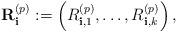
LaTeX: \begin{align*}\mathbf{R}_{\mathbf{i}}^{(p)} := \left(R^{(p)}_{\mathbf{i}, 1}, \dots, R^{(p)}_{\mathbf{i}, k} \right),\end{align*}